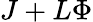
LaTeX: J+L\Phi